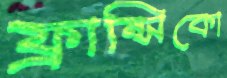
ফ্রান্সিকো